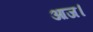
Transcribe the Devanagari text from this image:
आज।